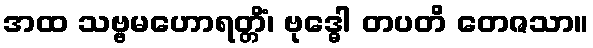
အထ သဗ္ဗမဟောရတ္တိံ၊ ဗုဒ္ဓေါ တပတိ တေဇသာ။